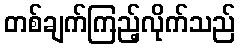
တစ်ချက်ကြည့်လိုက်သည်